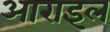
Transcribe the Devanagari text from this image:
आराइल